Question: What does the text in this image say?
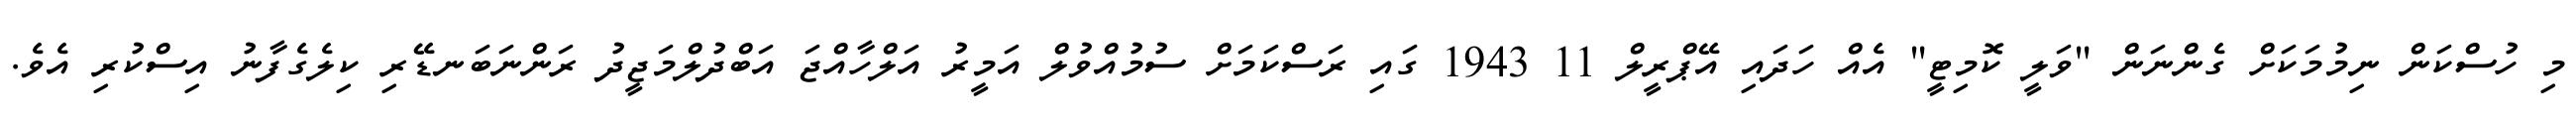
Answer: މި ހުސްކަން ނިމުމަކަށް ގެންނަން "ވަލީ ކޮމިޓީ" އެއް ހަދައި އޭޕްރީލް 11 1943 ގައި ރަސްކަމަށް ސުމުއްވުލް އަމީރު އަލްހާއްޖަ އަބްދުލްމަޖީދު ރަންނަބަނޑޭރި ކިލެގެފާނު އިސްކުރި އެވެ.